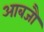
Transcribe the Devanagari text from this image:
आबजौ